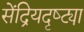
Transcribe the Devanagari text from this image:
सेंद्रियदृष्ट्या